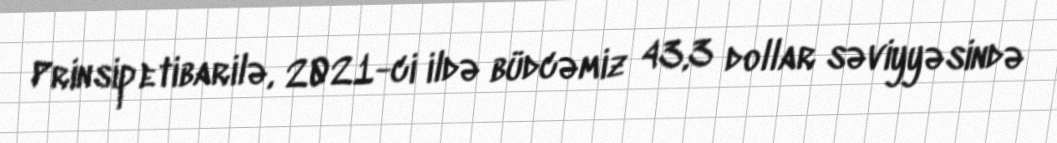
Prinsip etibarilə, 2021-ci ildə büdcəmiz 43,3 dollar səviyyəsində